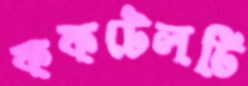
ককটেলটি